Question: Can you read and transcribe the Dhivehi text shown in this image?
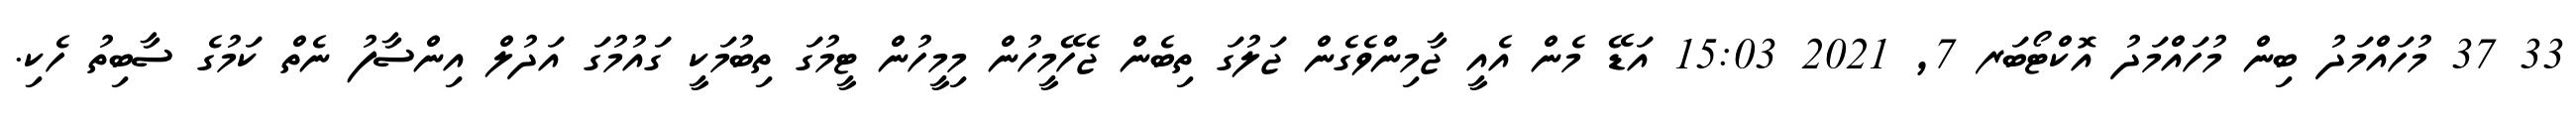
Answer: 33 37 މުހައްމަދު ބިން މުހައްމަދު އޮކްޓޯބަރ 7, 2021 15:03 އަޑޭ މެން އެއީ ޖާމިންވެގެން ޖަލުގަ ތިބެން ޖެހޭމީހުން މިމީހުން ޓީމުގަ ތިބުމަކީ ގައުމުގަ އަދުލް އިންސާފު ނެތް ކަމުގެ ސާބިތު ހެކި.